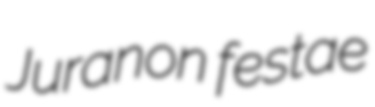
Juranon festae